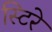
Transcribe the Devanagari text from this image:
स्टिरे